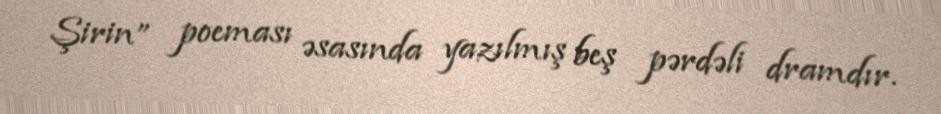
Şirin” poeması əsasında yazılmış beş pərdəli dramdır.